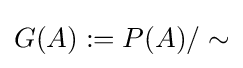
G(A):=P(A)/\sim